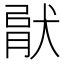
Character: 𤟶